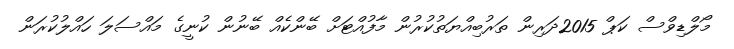
މޯލްޑިވްސް ކަޕް 2015ދަރިން ތަރުބިއްޔަތުކުރުން މާފުއްޓަށް ބޭންކެއް ބޭނުން ކުނީގެ މައްސަލަ ހައްލުކުރަން